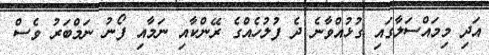
އަދި މިމައްސަލާގައި ގުޅުއްވާނެ ދެ ފުލުހެއްގެ ރޭންކާއި ނަމާއި ފޯނު ނަމްބަރު ވެސް